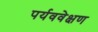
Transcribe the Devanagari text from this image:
पर्यववेक्षण